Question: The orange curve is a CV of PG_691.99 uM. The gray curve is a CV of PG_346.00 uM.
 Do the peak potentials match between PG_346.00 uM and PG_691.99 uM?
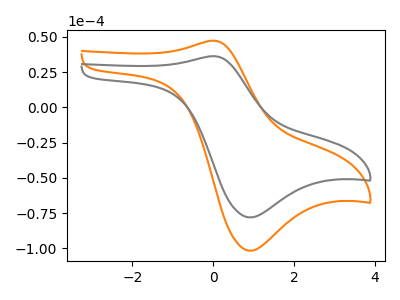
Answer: <think>The orange curve "PG_691.99 uM" has an anodic peak at (0.05V, 47.30uA) and a cathodic peak at (0.90V, -101.75uA). The gray curve "PG_346.00 uM" has an anodic peak at (0.05V, 36.30uA) and a cathodic peak at (0.90V, -78.10uA).</think>
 <answer>Yes, "PG_346.00 uM" have a peak in "PG_691.99 uM" at the same potential.</answer>
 <eval>match</eval>